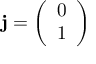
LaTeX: \mathbf { j } = { \left( \begin{array} { l } { 0 } \\ { 1 } \end{array} \right) }